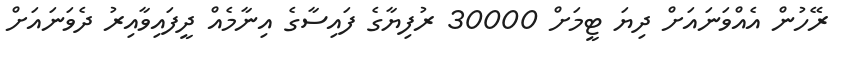
ރޭހުން އެއްވަނައަށް ދިޔަ ޓީމަށް 30000 ރުފިޔާގެ ފައިސާގެ އިނާމެއް ދީފައިވާއިރު ދެވަނައަށް